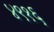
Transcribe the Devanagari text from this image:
४९१६